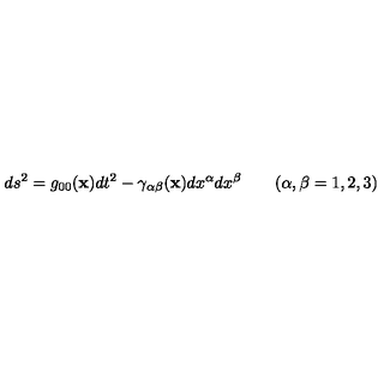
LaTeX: d s ^ { 2 } = g _ { 0 0 } ( { \bf x } ) d t ^ { 2 } - \gamma _ { \alpha \beta } ( { \bf x } ) d x ^ { \alpha } d x ^ { \beta } \qquad ( \alpha , \beta = 1 , 2 , 3 )